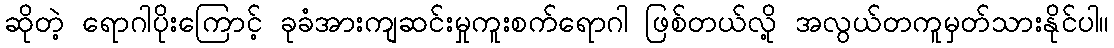
ဆိုတဲ့ ရောဂါပိုးကြောင့် ခုခံအားကျဆင်းမှုကူးစက်ရောဂါ ဖြစ်တယ်လို့ အလွယ်တကူမှတ်သားနိုင်ပါ။